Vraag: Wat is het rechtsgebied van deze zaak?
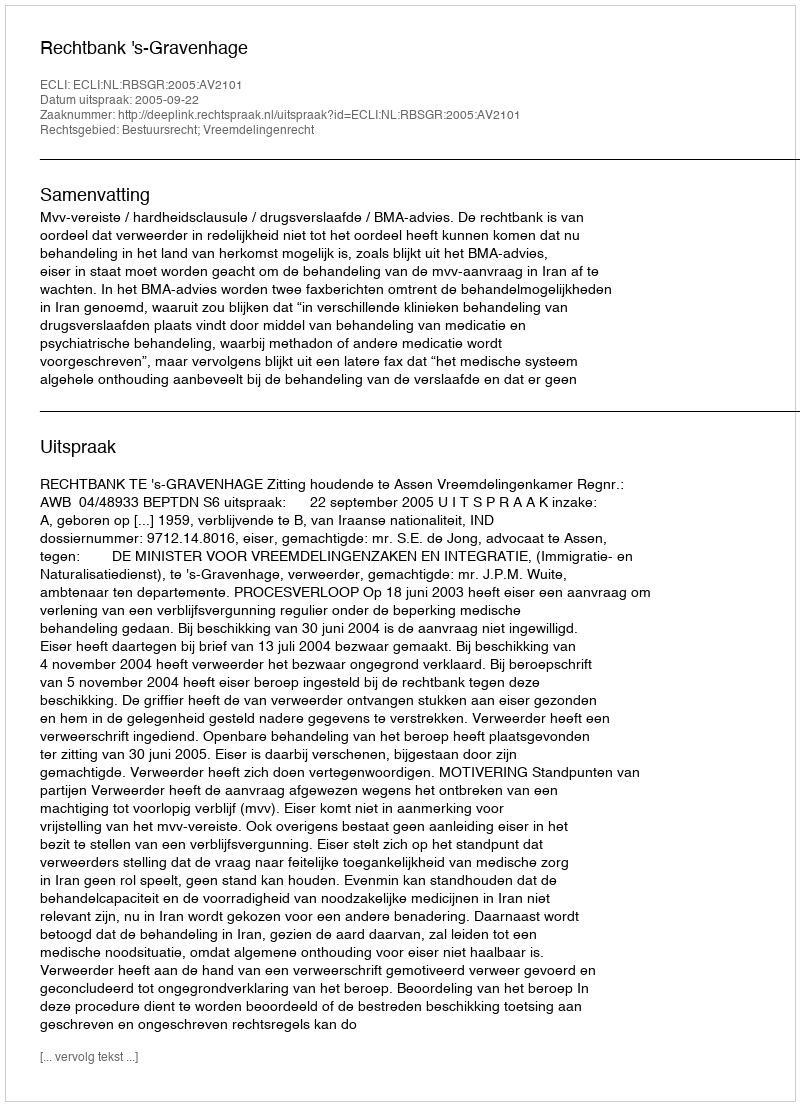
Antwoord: Bestuursrecht; Vreemdelingenrecht